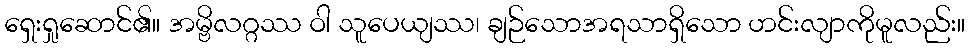
ရှေးရှုဆောင်၏။ အမ္ဗိလဂ္ဂဿ ဝါ သူပေယျဿ၊ ချဉ်သောအရသာရှိသော ဟင်းလျာကိုမူလည်း။